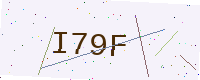
Text: I79F